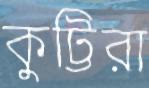
কুট্টিরা